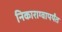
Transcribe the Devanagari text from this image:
निकाराग्वापर्यंत